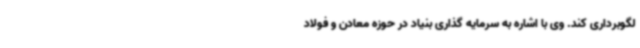
لگوبرداری کند. وی با اشاره به سرمایه گذاری بنیاد در حوزه معادن و فولاد